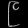
Digit: ၉